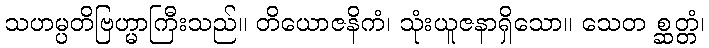
သဟမ္ပတိဗြဟ္မာကြီးသည်။ တိယောဇနိကံ၊ သုံးယူဇနာရှိသော။ သေတ စ္ဆတ္တံ၊